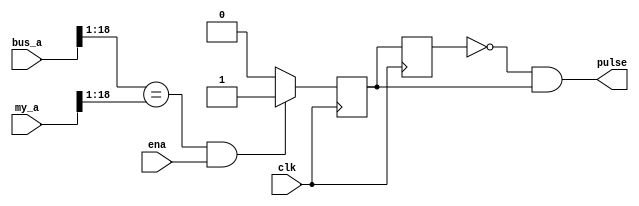
module reg_r_det_early(
	      input wire clk,
	      input wire [18:0] bus_a,
	      input wire [18:0] my_a,
	      input wire ena,
	      output wire pulse

	      );

   reg 			  gotread, gotread_d;
   reg [7:0] 		  state;
   
   always @(posedge clk) begin
      if( (bus_a[18:1] == my_a[18:1]) && ena ) begin
	 gotread <= 1'b1;  // pulse happens at the address cycle, not data cycle
      end else begin
	 gotread <= 1'b0;
      end
   end

   always @(posedge clk) begin
      gotread_d <= gotread;
   end

   assign pulse = !gotread_d && gotread;
   
endmodule // reg_r_det_early